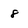
Character: 8